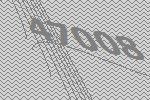
47008